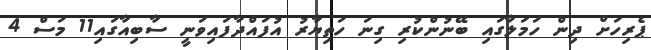
ޕެރިހަށް ދިން ހަމަލާގައި ބޭނުންކުރި ގިނަ ހަތިިޔާރު އުފައްދާފައިވަނީ ސާބިއާގައި11 މަސް 4